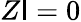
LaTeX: Z\mathsf{I}=0